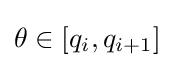
\theta \in [q_{i},q_{i+1}]